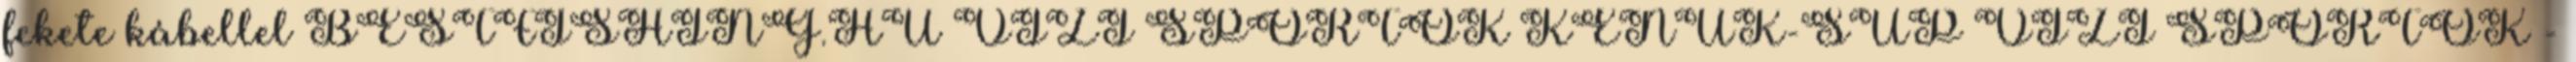
fekete kábellel BESTFISHING.HU VÍZI SPORTOK KENUK-SUP VÍZI SPORTOK -